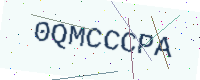
Text: 0QMCCCPA